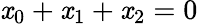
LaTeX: \mathit{x}_{0}+\mathit{x}_{1}+\mathit{x}_{2}=0